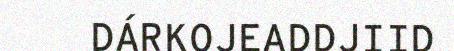
DÁRKOJEADDJIID